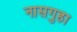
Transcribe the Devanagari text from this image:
नासगुहा